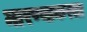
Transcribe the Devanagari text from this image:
मारण्याकरता